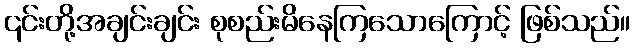
၎င်းတို့အချင်းချင်း စုစည်းမိနေကြသောကြောင့် ဖြစ်သည်။